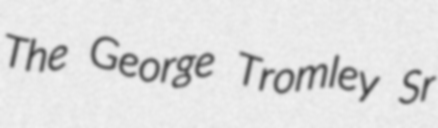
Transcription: The George Tromley Sr